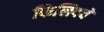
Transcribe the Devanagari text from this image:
फिलिपचे